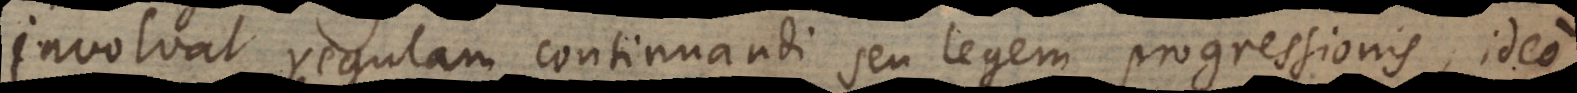
involvat regulam continuandi seu legem progressionis, ideo